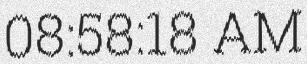
08:58:18 AM